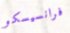
فرانسيسكو